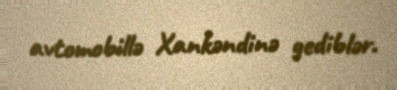
avtomobillə Xankəndinə gediblər.